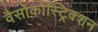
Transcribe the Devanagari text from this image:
वैसोकोंस्ट्रिक्शन